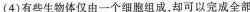
(4)有些生物体仅由一个细胞组成，却可以完成全部